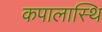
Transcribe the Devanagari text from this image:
कपालास्थि